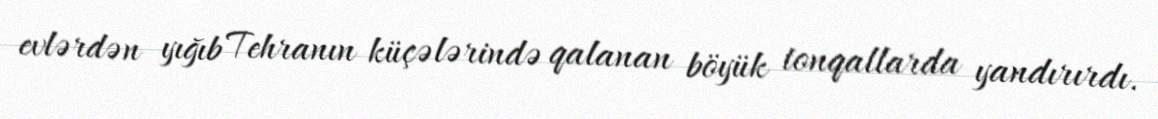
evlərdən yığıb Tehranın küçələrində qalanan böyük tonqallarda yandırırdı.